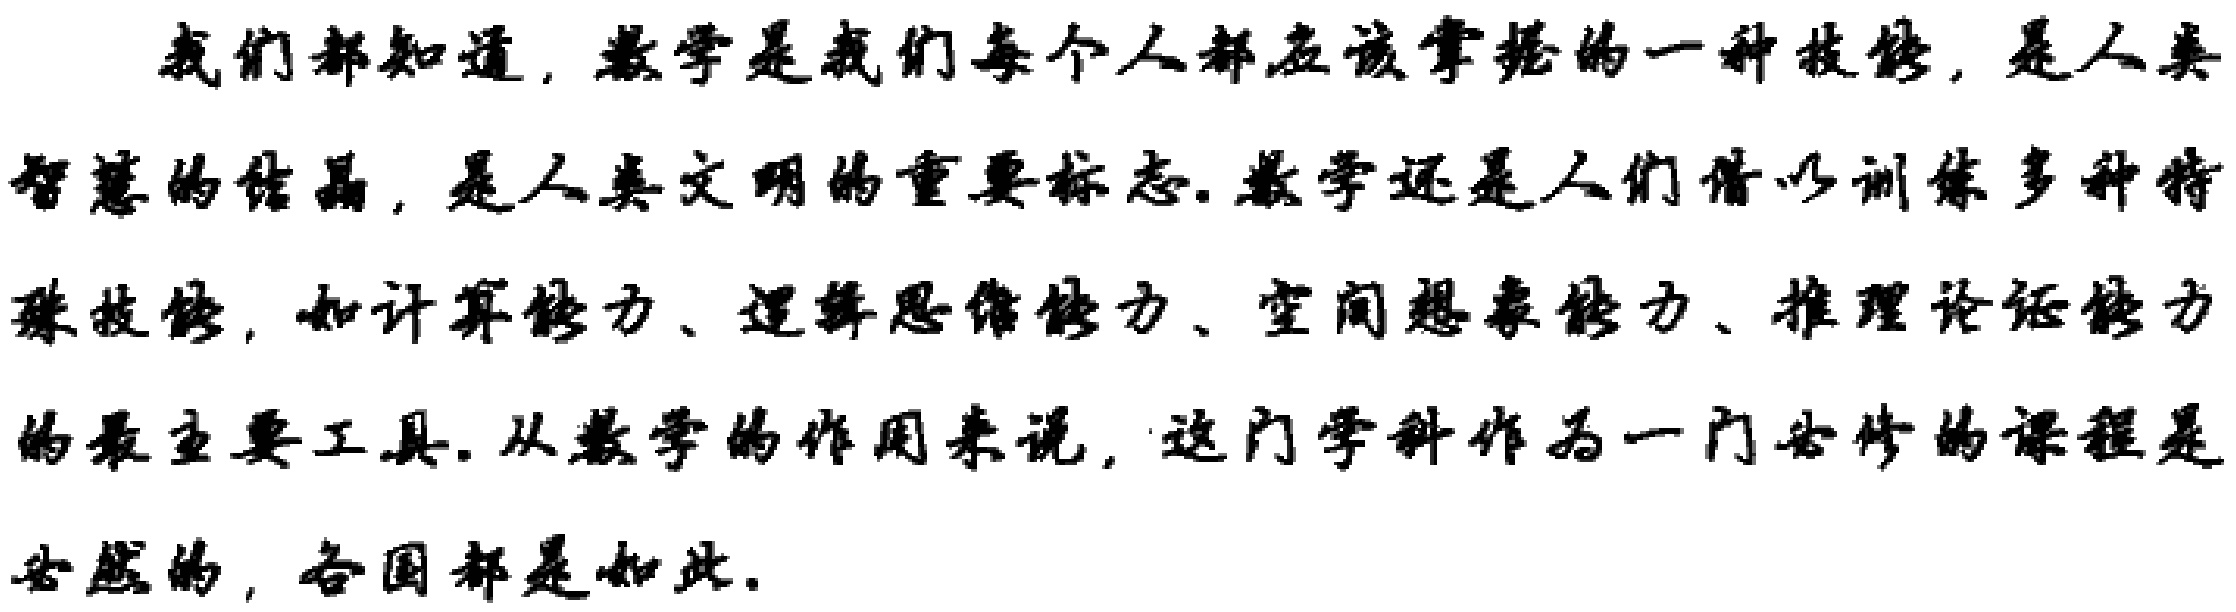
我们都知道，数学是我们每个人都应该掌握的一种技能，是人类智慧的结晶，是人类文明的重要标志. 数学还是人们借以训练多种特殊技能，如计算能力、逻辑思维能力、空间想象能力、推理论证能力的最主要工具. 从数学的作用来说，这门学科作为一门必修的课程是必然的，各国都是如此.